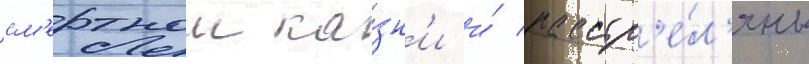
см'ертнои ка́зн'и и́ расстр'е́л'яны